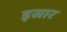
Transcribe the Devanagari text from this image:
इस्रार